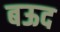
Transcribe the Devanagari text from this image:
बऊद